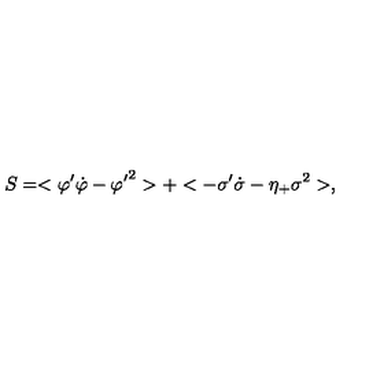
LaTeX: S = < { \varphi ^ { \prime } } \dot { \varphi } - { \varphi ^ { \prime } } ^ { 2 } > + < - \sigma ^ { \prime } \dot { \sigma } - \eta _ { + } \sigma ^ { 2 } > ,